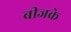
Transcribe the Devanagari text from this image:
बीजके